Report on lock hospitals in British Burma
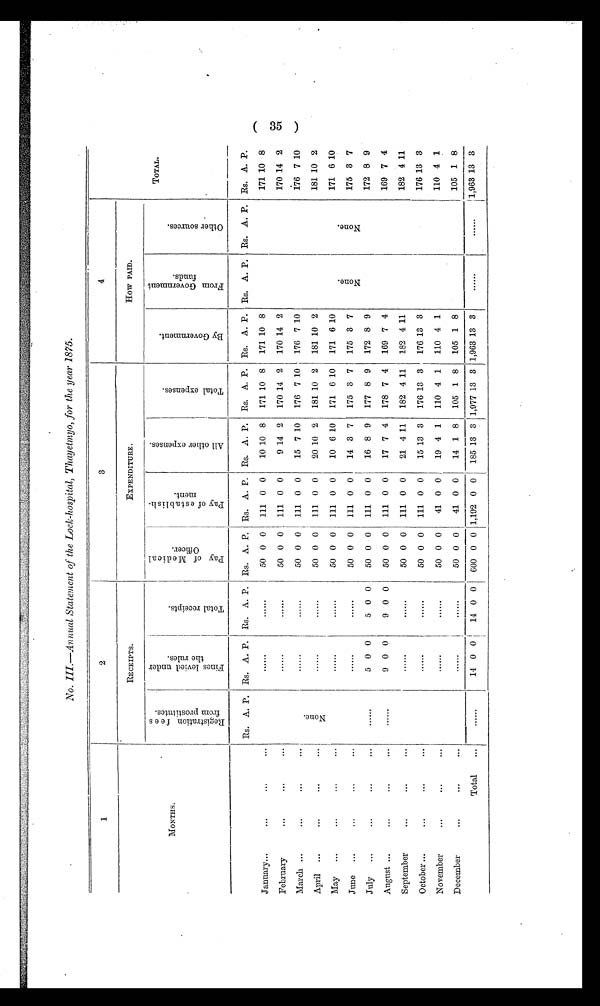
No. III.—Annual Statement of the Lock-hospital, Thayetmyo, for the year 1875.
1
2
3
4
MONTHS.
RECEIPTS.
EXPENDITURE.
How PAID.
R e g i s t r a t i o n f e e s f r o m p r o s t i t u t e s .
F i n e s l e v i e d u n d e r t h e r u l e s .
T o t a l r e c e i p t s
P a y o f M e d i c a l
O f f i c e r .
P a y o f e s t a b l i s h -
m e n t .
A l l o t h e r e x p e n s e s .
T o t a l e x p e n s e s .
B y G o v e r n m e n t .
F r o m G o v e r n m e n t
f u n d s .
O t h e r s o u r c e s .
TOTAL.
Rs. A. P. Rs. A. P. Rs. A. P. Rs. A. P. Rs. A. P. Rs. A. P. Rs. A. P. Rs. A. P. Rs. A. P. Rs. A. P. Rs. A. P.
January...
...
. . .
...
. . . . . .
......
......
50 0 0
111 0 0
10 10 8
171 10 8 171 10 8
171 10 8
February
...
...
...
. . . . . .
. . . . . .
. . . . . .
50 0 0
111 0 0
9 14 2 170 14 2 170 14 2
170 14 2
March ...
...
...
. . .
N o n e .
. . . . . .
. . . . . .
50 0 0 111 0 0
15 7 10
176 7 10 176 7 10
176 7 10
April ...
...
. . .
...
. . . . . .
. . . . . .
50 0 0
111 0 0
20 10 2 181 10 2 181 10 2
181 10 2
May
...
...
. . .
. . .
. . . . . .
. . . . . .
50 0 0
111 0 0
10 6 10
171 6 10
171 6 10
N o n e .
N o n e .
171 6 10
June ...
...
...
...
. . . . . .
. . . . . .
50 0 0
111 0 0
14 3 7
175 3 7 175 3 7
175 3 7
July
...
. . .
. . .
...
......
5 0 0
5 0 0
50 0 0
111 0 0
16 8 9
177 8 9
172 8 9
172 8 9
August ...
...
...
. . .
......
9 0 0
9 0 0
50 0 0 111 0 0
17 7 4
178 7 4 169 7 4
169 7 4
September
...
...
...
. . . . . .
. . . . . . 50 0 0
111 0 0
21 4 11
182 4 11
182 4 11
182 4 11
October ...
...
...
...
. . . . . .
. . . . . . 50 0 0
111 0 0
15 13 3
176 13 3 176 13 3
176 13 3
November
...
...
...
. . . . . .
. . . . . . 50 0 0
41 0 0
19 4 1
110 4 1
110 4 1
110 4 1
December
...
...
...
. . . . . .
. . . . . . 50 0 0
41 0 0
14 1 8
105 1 8
105 1 8
105 1 8
Total
...
. . . . . .
14 0 0
14 0 0 600 0 0 1,192 0 0 185 13 3 1,977 13 3 1,963 13 3
. . . . . .
. . . . . . 1,963 13 3
(35)